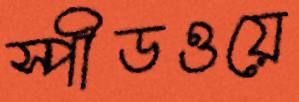
স্পীডওয়ে